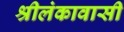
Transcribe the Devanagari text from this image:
श्रीलंकावासी